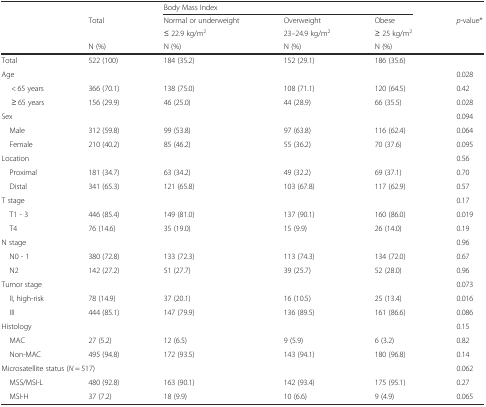
<table><thead><tr><td></td><td></td><td colspan="3"><b>Body Mass Index</b></td><td></td></tr><tr><td rowspan="2"></td><td rowspan="2"><b>Total</b></td><td><b>Normal or underweight</b></td><td><b>Overweight</b></td><td><b>Obese</b></td><td rowspan="2"><b><i>p-</i>value*</b></td></tr><tr><td><b>≤ 22.9 kg/m<sup>2</sup></b></td><td><b>23–24.9 kg/m<sup>2</sup></b></td><td><b>≥ 25 kg/m<sup>2</sup></b></td></tr><tr><td></td><td><b>N (%)</b></td><td><b>N (%)</b></td><td><b>N (%)</b></td><td><b>N (%)</b></td><td></td></tr></thead><tbody><tr><td>Total</td><td>522 (100)</td><td>184 (35.2)</td><td>152 (29.1)</td><td>186 (35.6)</td><td></td></tr><tr><td>Age</td><td></td><td></td><td></td><td></td><td>0.028</td></tr><tr><td>&lt; 65 years</td><td>366 (70.1)</td><td>138 (75.0)</td><td>108 (71.1)</td><td>120 (64.5)</td><td>0.42</td></tr><tr><td>≥ 65 years</td><td>156 (29.9)</td><td>46 (25.0)</td><td>44 (28.9)</td><td>66 (35.5)</td><td>0.028</td></tr><tr><td>Sex</td><td></td><td></td><td></td><td></td><td>0.094</td></tr><tr><td> Male</td><td>312 (59.8)</td><td>99 (53.8)</td><td>97 (63.8)</td><td>116 (62.4)</td><td>0.064</td></tr><tr><td> Female</td><td>210 (40.2)</td><td>85 (46.2)</td><td>55 (36.2)</td><td>70 (37.6)</td><td>0.095</td></tr><tr><td>Location</td><td></td><td></td><td></td><td></td><td>0.56</td></tr><tr><td> Proximal</td><td>181 (34.7)</td><td>63 (34.2)</td><td>49 (32.2)</td><td>69 (37.1)</td><td>0.70</td></tr><tr><td> Distal</td><td>341 (65.3)</td><td>121 (65.8)</td><td>103 (67.8)</td><td>117 (62.9)</td><td>0.57</td></tr><tr><td>T stage</td><td></td><td></td><td></td><td></td><td>0.17</td></tr><tr><td> T1 - 3</td><td>446 (85.4)</td><td>149 (81.0)</td><td>137 (90.1)</td><td>160 (86.0)</td><td>0.019</td></tr><tr><td> T4</td><td>76 (14.6)</td><td>35 (19.0)</td><td>15 (9.9)</td><td>26 (14.0)</td><td>0.19</td></tr><tr><td>N stage</td><td></td><td></td><td></td><td></td><td>0.96</td></tr><tr><td> N0 - 1</td><td>380 (72.8)</td><td>133 (72.3)</td><td>113 (74.3)</td><td>134 (72.0)</td><td>0.67</td></tr><tr><td> N2</td><td>142 (27.2)</td><td>51 (27.7)</td><td>39 (25.7)</td><td>52 (28.0)</td><td>0.96</td></tr><tr><td colspan="2">Tumor stage</td><td></td><td></td><td></td><td>0.073</td></tr><tr><td> II, high-risk</td><td>78 (14.9)</td><td>37 (20.1)</td><td>16 (10.5)</td><td>25 (13.4)</td><td>0.016</td></tr><tr><td> III</td><td>444 (85.1)</td><td>147 (79.9)</td><td>136 (89.5)</td><td>161 (86.6)</td><td>0.086</td></tr><tr><td>Histology</td><td></td><td></td><td></td><td></td><td>0.15</td></tr><tr><td> MAC</td><td>27 (5.2)</td><td>12 (6.5)</td><td>9 (5.9)</td><td>6 (3.2)</td><td>0.82</td></tr><tr><td> Non-MAC</td><td>495 (94.8)</td><td>172 (93.5)</td><td>143 (94.1)</td><td>180 (96.8)</td><td>0.14</td></tr><tr><td colspan="5">Microsatellite status (<i>N</i> = 517)</td><td>0.062</td></tr><tr><td> MSS/MSI-L</td><td>480 (92.8)</td><td>163 (90.1)</td><td>142 (93.4)</td><td>175 (95.1)</td><td>0.27</td></tr><tr><td> MSI-H</td><td>37 (7.2)</td><td>18 (9.9)</td><td>10 (6.6)</td><td>9 (4.9)</td><td>0.065</td></tr></tbody></table>